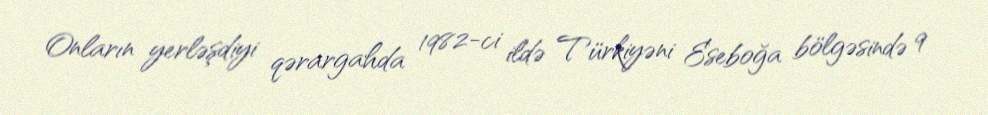
Onların yerləşdiyi qərargahda 1982-ci ildə Türkiyəni Eseboğa bölgəsində 9